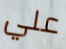
علي